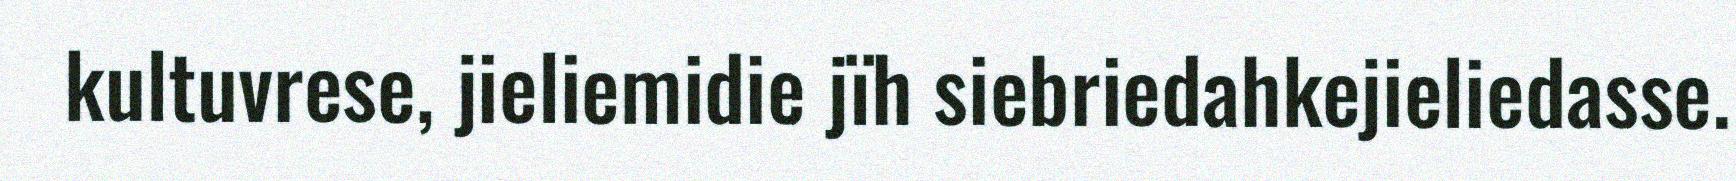
kultuvrese, jieliemidie jïh siebriedahkejieliedasse.